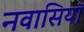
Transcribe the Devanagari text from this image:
नवासियाॅ